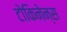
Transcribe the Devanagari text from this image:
टोकिनेन्स